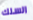
السلك